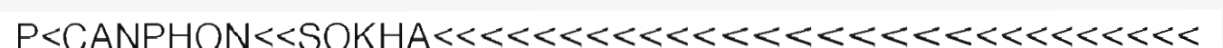
P<CANPHON<<SOKHA<<<<<<<<<<<<<<<<<<<<<<<<<<<<